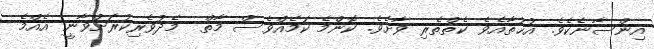
އިންސާނެކެވެ. އުޙުތާއެވެ ކެތްތެރި ވާށެވެ. ކޮންމެ ކަމެއްވެސް މާތް  މެދުވެރިކުރަށްވާނީ އެއްމެ